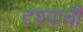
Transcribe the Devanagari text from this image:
दृश्याची